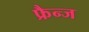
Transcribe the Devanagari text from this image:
फ्रैन्ज